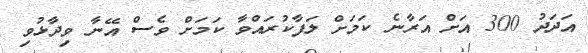
އަދަދު 300 އަށް އަރާނެ ކަމަށް ލަފާކުރައްވާ ކަމަށް ވެސް އޭނާ ވިދާޅުވި